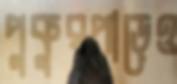
পুকুরপাড়েও